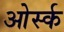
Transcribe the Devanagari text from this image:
ओर्स्क